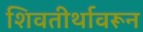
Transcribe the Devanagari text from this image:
शिवतीर्थावरून